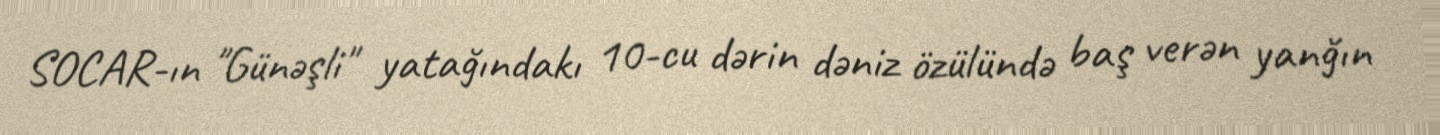
SOCAR-ın "Günəşli" yatağındakı 10-cu dərin dəniz özülündə baş verən yanğın